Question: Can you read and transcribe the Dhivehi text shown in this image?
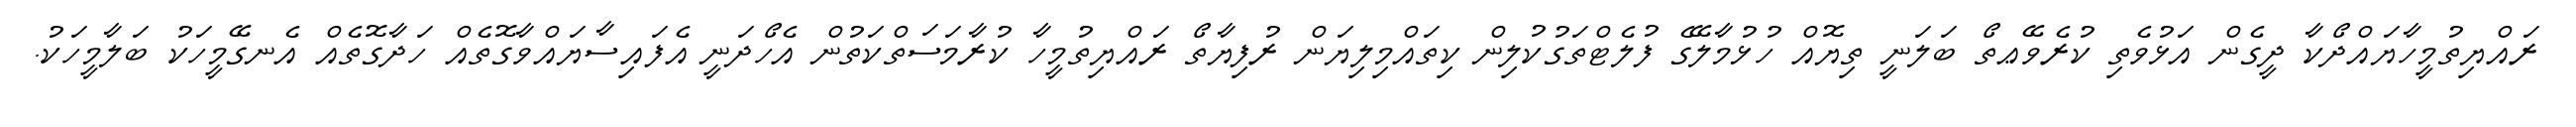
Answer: ރައްޔިތުމީހާޔައްދޯކާ ދީގެން އަޅުވެތި ކުރެވޭޢތޯ ބަލަނީ ތިޔޮއް ހުޅުމާލޭގެ ފުލެޓްތަގުކުލިން ކިތައްމިލިޔަން ރުފިޔާތޯ ރައްޔިތުމީހާ ކުރާމަސަތްކަތުން އެހޯދަނީ އެފައިސާޔައްވާގޮތެއް ހަދާގޮތެއް އެނގޭމީހަކު ބަލާމީހަކު.